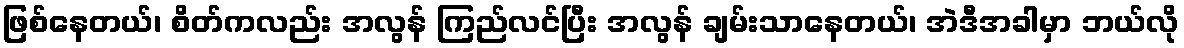
ဖြစ်နေတယ်၊ စိတ်ကလည်း အလွန် ကြည်လင်ပြီး အလွန် ချမ်းသာနေတယ်၊ အဲဒီအခါမှာ ဘယ်လို